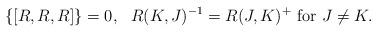
LaTeX: \begin{align*}\{ [R,R,R]\} = 0,\ \ R(K,J)^{-1}=R(J,K)^+\ {\rm for} \ J\neq K.\end{align*}